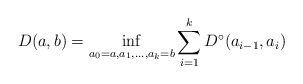
\begin{align*}D(a,b) = \inf_{a_0=a,a_1,\dots,a_k=b} \sum_{i=1}^k D^\circ(a_{i-1},a_i)\end{align*}